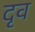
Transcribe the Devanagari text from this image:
दृव